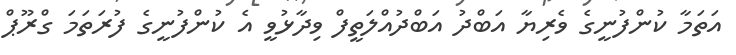
އަތަމާ ކުންފުނީގެ ވެރިޔާ އަބްދު އަބްދުއްލަތީފް ވިދާޅުވީ އެ ކުންފުނީގެ ފުރަތަމަ ގްރޫޕް